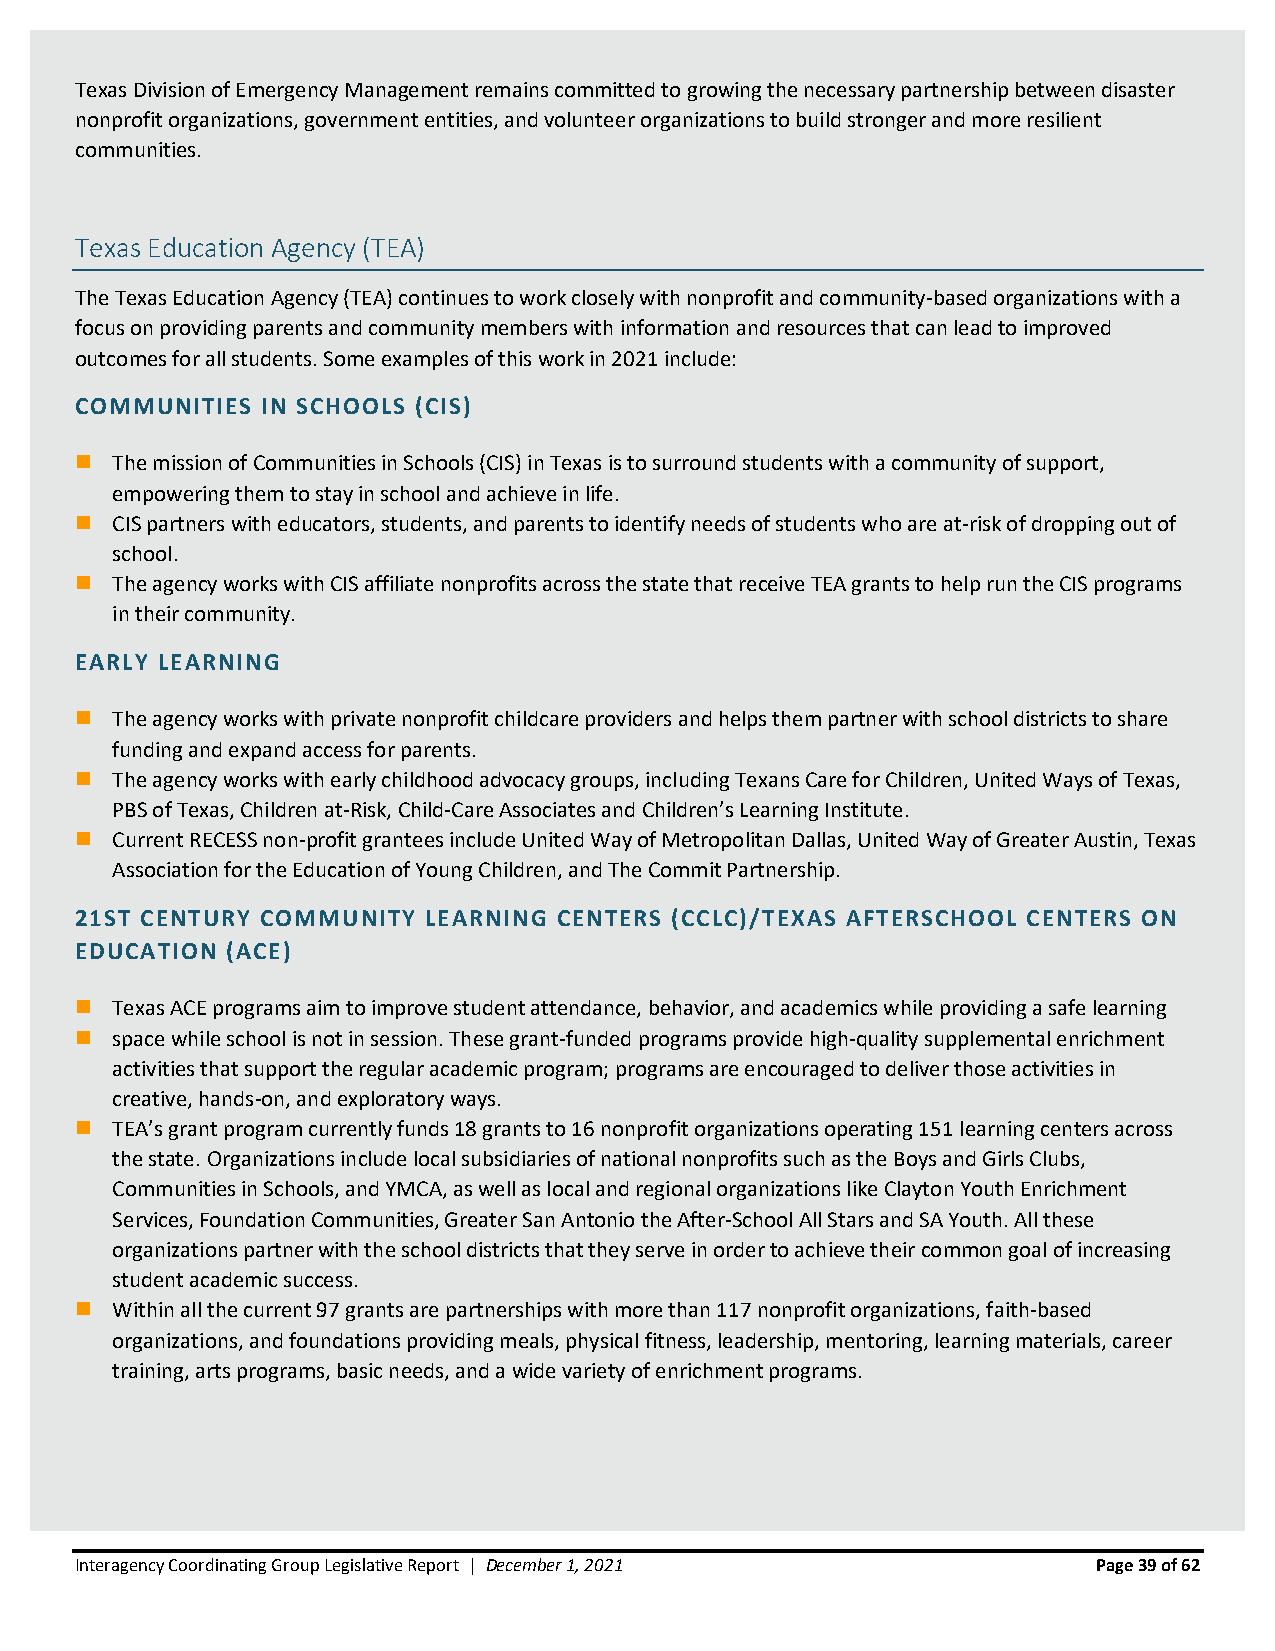
Texas Division of Emergency Management remains committed to growing the necessary partnership between disaster
 nonprofit organizations, government entities, and volunteer organizations to build stronger and more resilient
 communities.
 Texas Education Agency (TEA)
 The Texas Education Agency (TEA) continues to work closely with nonprofit and community-based organizations with a
 focus on providing parents and community members with information and resources that can lead to improved
 outcomes for all students. Some examples of this work in 2021 include:
 COMMUNITIES IN SCHOOLS (CIS)
 ◼ The mission of Communities in Schools (CIS) in Texas is to surround students with a community of support,
 empowering them to stay in school and achieve in life.
 ◼ CIS partners with educators, students, and parents to identify needs of students who are at-risk of dropping out of
 school.
 ◼ The agency works with CIS affiliate nonprofits across the state that receive TEA grants to help run the CIS programs
 in their community.
 EARLY LEARNING
 ◼ The agency works with private nonprofit childcare providers and helps them partner with school districts to share
 funding and expand access for parents.
 ◼ The agency works with early childhood advocacy groups, including Texans Care for Children, United Ways of Texas,
 PBS of Texas, Children at-Risk, Child-Care Associates and Children’s Learning Institute.
 ◼ Current RECESS non-profit grantees include United Way of Metropolitan Dallas, United Way of Greater Austin, Texas
 Association for the Education of Young Children, and The Commit Partnership.
 21ST CENTURY COMMUNITY LEARNING CENTERS (CCLC)/TEXAS AFTERSCHOOL CENTERS ON
 EDUCATION (ACE)
 ◼ Texas ACE programs aim to improve student attendance, behavior, and academics while providing a safe learning
 ◼ space while school is not in session. These grant-funded programs provide high-quality supplemental enrichment
 activities that support the regular academic program; programs are encouraged to deliver those activities in
 creative, hands-on, and exploratory ways.
 ◼ TEA’s grant program currently funds 18 grants to 16 nonprofit organizations operating 151 learning centers across
 the state. Organizations include local subsidiaries of national nonprofits such as the Boys and Girls Clubs,
 Communities in Schools, and YMCA, as well as local and regional organizations like Clayton Youth Enrichment
 Services, Foundation Communities, Greater San Antonio the After-School All Stars and SA Youth. All these
 organizations partner with the school districts that they serve in order to achieve their common goal of increasing
 student academic success.
 ◼ Within all the current 97 grants are partnerships with more than 117 nonprofit organizations, faith-based
 organizations, and foundations providing meals, physical fitness, leadership, mentoring, learning materials, career
 training, arts programs, basic needs, and a wide variety of enrichment programs.
 Interagency Coordinating Group Legislative Report | December 1, 2021 Page 39 of 62